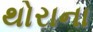
થોરાના